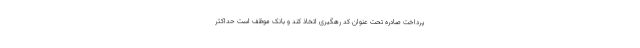
پرداخت صادره تحت عنوان کد رهگیری اتخاذ کند و بانک موظف است حداکثر